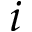
i